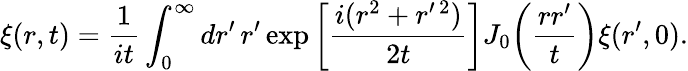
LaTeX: \xi(r,t)=\frac{1}{it}\int_{0}^{\infty}dr^{\prime}\, r^{\prime}\exp\bigg[\frac{i(r^{2}+r^{\prime\, 2})}{2t}\bigg]J_{0}\bigg(\frac{rr^{\prime}}{t}\bigg)\xi(r^{\prime},0).